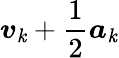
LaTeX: {\boldsymbol{v}}_{\mathit{k}}+{\frac{{1}}{{2}}}{\boldsymbol{a}}_{\mathit{k}}